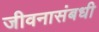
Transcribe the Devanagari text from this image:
जीवनासंबधी